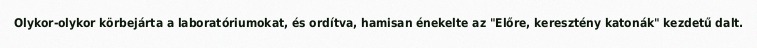
Olykor-olykor körbejárta a laboratóriumokat, és ordítva, hamisan énekelte az "Előre, keresztény katonák" kezdetű dalt.